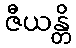
ဇီယန္တိ